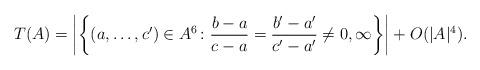
LaTeX: \begin{align*} T(A) = \left|\left\{(a,\ldots,c')\in A^6\colon \frac{b-a}{c-a}=\frac{b'-a'}{c'-a'} \neq 0,\infty\right\}\right|+O(|A|^4).\end{align*}